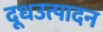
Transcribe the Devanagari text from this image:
दूधउत्पादन